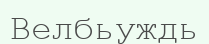
Велбьуждь